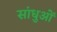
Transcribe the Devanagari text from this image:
सांधुओं